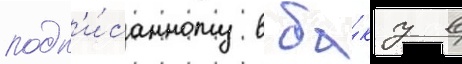
подп'и́санному в ба́ку в